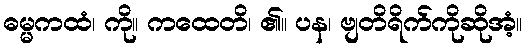
ဓမ္မကထံ၊ ကို။ ကထေတိ၊ ၏။ ပန၊ ဗျတိရိက်ကိုဆိုအံ့။